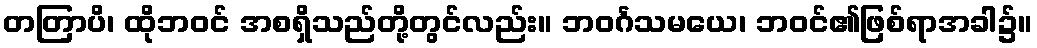
တတြာပိ၊ ထိုဘဝင် အစရှိသည်တို့တွင်လည်း။ ဘဝင်္ဂသမယေ၊ ဘဝင်၏ဖြစ်ရာအခါ၌။